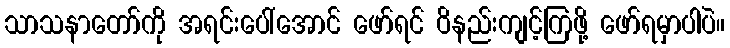
သာသနာတော်ကို အရင်းပေါ်အောင် ဖော်ရင် ဝိနည်းကျင့်ကြဖို့ ဖော်ရမှာပါပဲ။